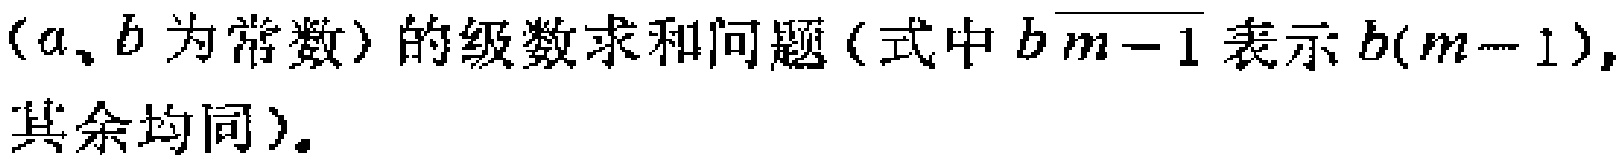
（\(a\)、\(b\)为常数）的级数求和问题（式中\(b\overline{m - 1}\)表示\(b(m - 1)\)，其余均同）。